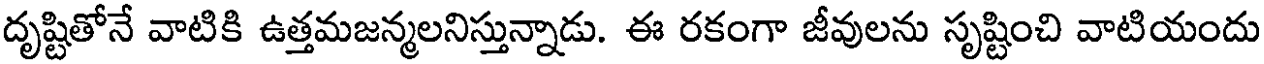
దృష్టితోనే వాటికి ఉత్తమజన్మలనిస్తున్నాడు. ఈ రకంగా జీవులను సృష్టించి వాటియందు